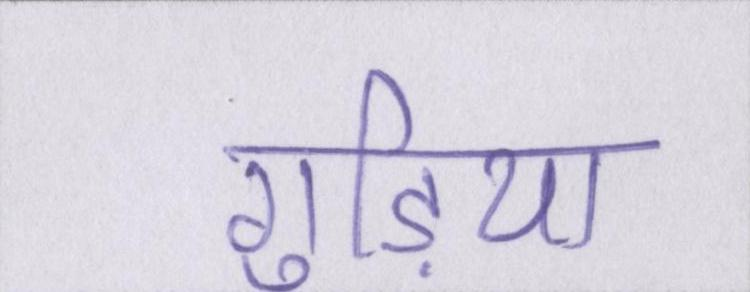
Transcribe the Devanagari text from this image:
गुड़िया